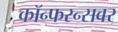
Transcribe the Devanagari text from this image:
कॉन्फरन्सवर